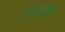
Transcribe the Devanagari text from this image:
ट्रेनटीनें